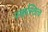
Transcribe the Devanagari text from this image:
सहस्तित्व